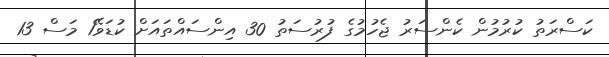
ކަސްރަތު ކުރުމުން ކެންސަރު ޖެހުމުގެ ފުރުސަތު 30 އިންސައްތައަށް ކުޑަވޭ1 މަސް 13